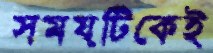
সময়টিকেই